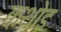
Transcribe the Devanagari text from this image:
कथोड